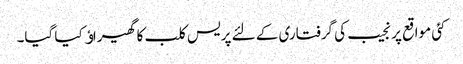
کئی مواقع پر نجیب کی گرفتاری کے لئے پریس کلب کا گھیراﺅ کیا گیا۔